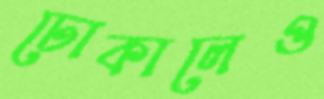
ঢোকালেও